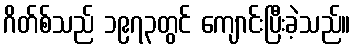
ဂိတ်စ်သည် ၁၉၇၃တွင် ကျောင်းပြီးခဲ့သည်။